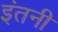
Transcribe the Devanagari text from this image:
इंतनी